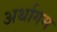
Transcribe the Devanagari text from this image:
अर्थागम